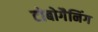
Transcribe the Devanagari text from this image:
टोबोगैनिंग